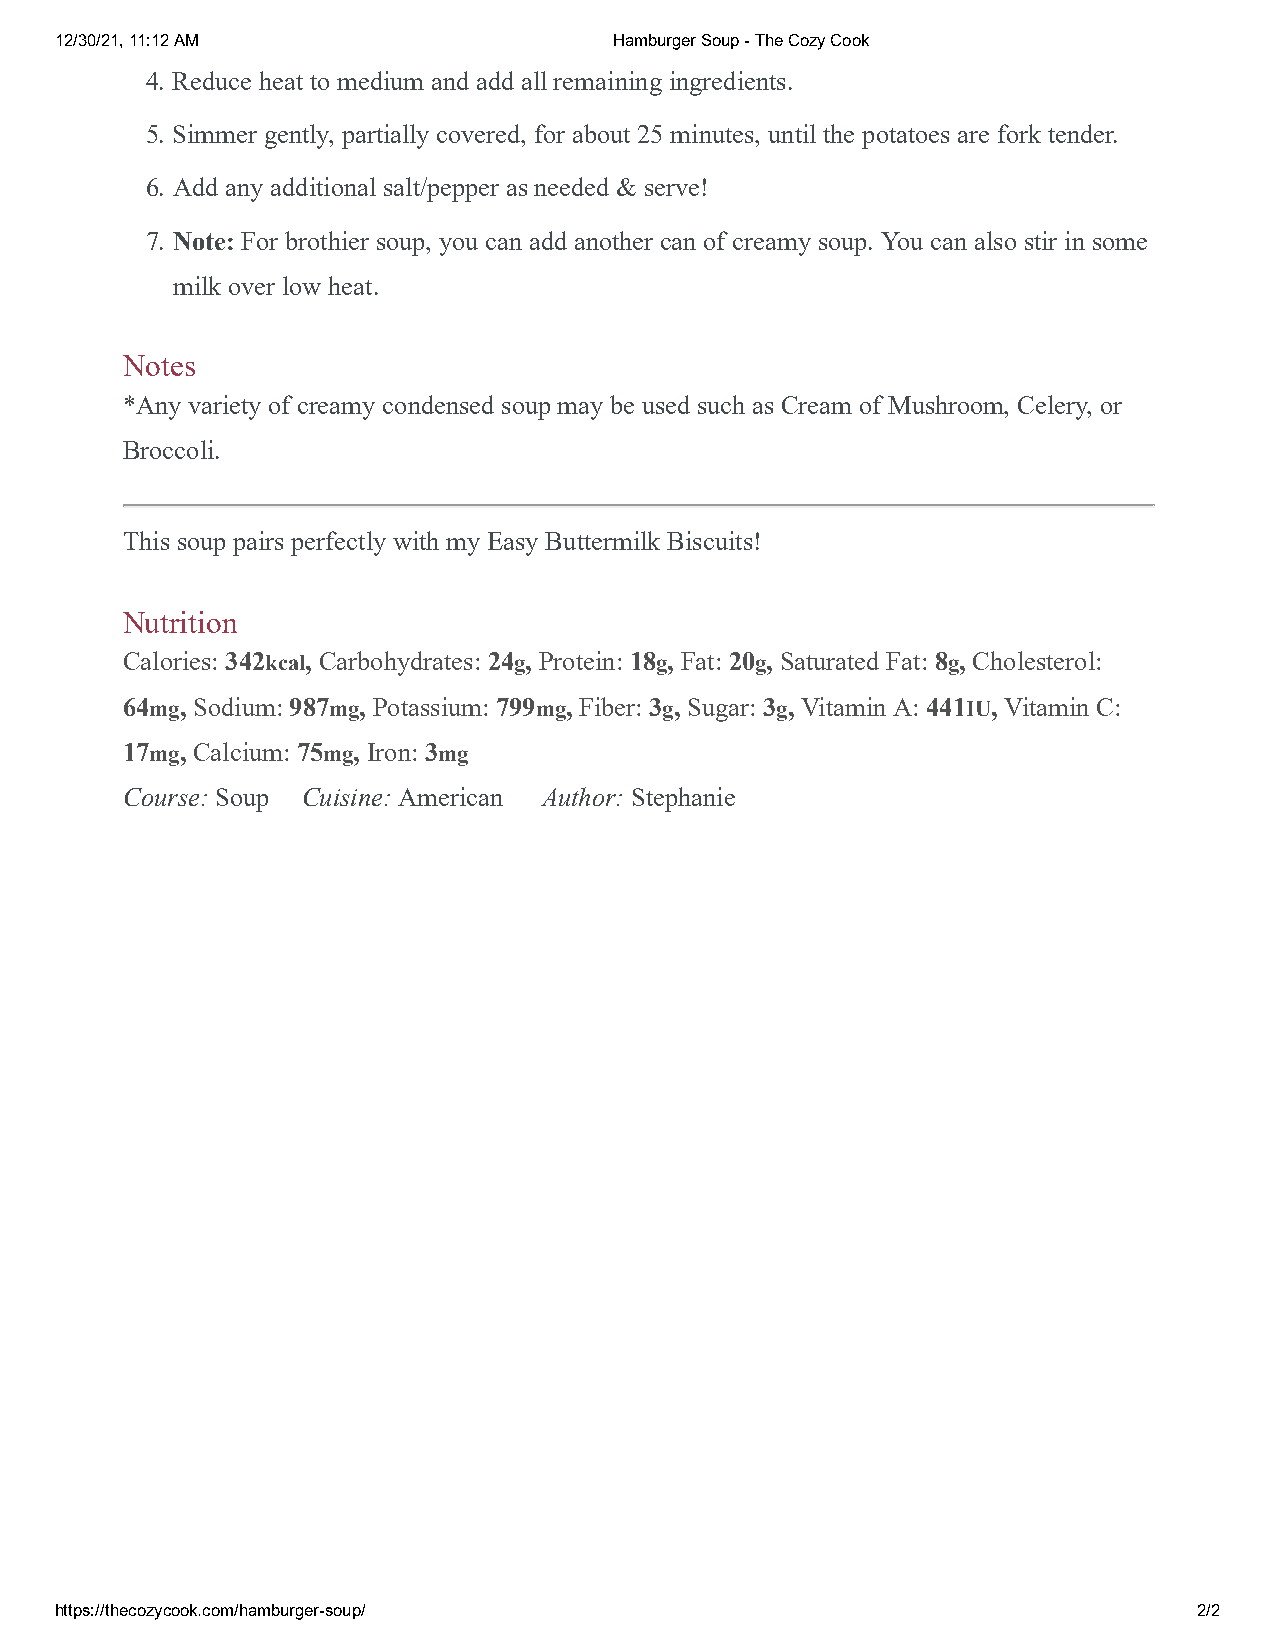
12/30/21, 11:12 AM                   Hamburger Soup - The Cozy Cook
 4. Reduce heat to medium and add all remaining ingredients.
 5. Simmer gently, partially covered, for about 25 minutes, until the potatoes are fork tender.
 6. Add any additional salt/pepper as needed & serve!
 7. Note: For brothier soup, you can add another can of creamy soup. You can also stir in some
 milk over low heat.
 Notes
 *Any variety of creamy condensed soup may be used such as Cream of Mushroom, Celery, or
 Broccoli.
 This soup pairs perfectly with my Easy Buttermilk Biscuits!
 Nutrition
 Calories: 342kcal, Carbohydrates: 24g, Protein: 18g, Fat: 20g, Saturated Fat: 8g, Cholesterol:
 64mg, Sodium: 987mg, Potassium: 799mg, Fiber: 3g, Sugar: 3g, Vitamin A: 441IU, Vitamin C:
 17mg, Calcium: 75mg, Iron: 3mg
 Course: Soup Cuisine: American Author: Stephanie
 https://thecozycook.com/hamburger-soup/                                    2/2